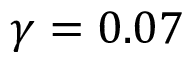
\gamma = 0 . 0 7